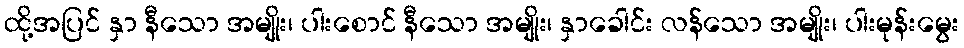
ထို့အပြင် နှာ နီသော အမျိုး၊ ပါးစောင် နီသော အမျိုး၊ နှာခေါင်း လန်သော အမျိုး၊ ပါးမုန်းမွေး